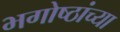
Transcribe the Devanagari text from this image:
भगोष्ठांच्या